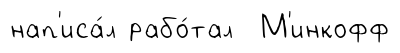
нап'иса́л рабо́тал М'инкофф